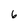
Character: 6